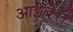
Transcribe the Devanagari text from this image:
आइबेरो